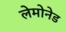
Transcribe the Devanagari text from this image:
लेमोनेड